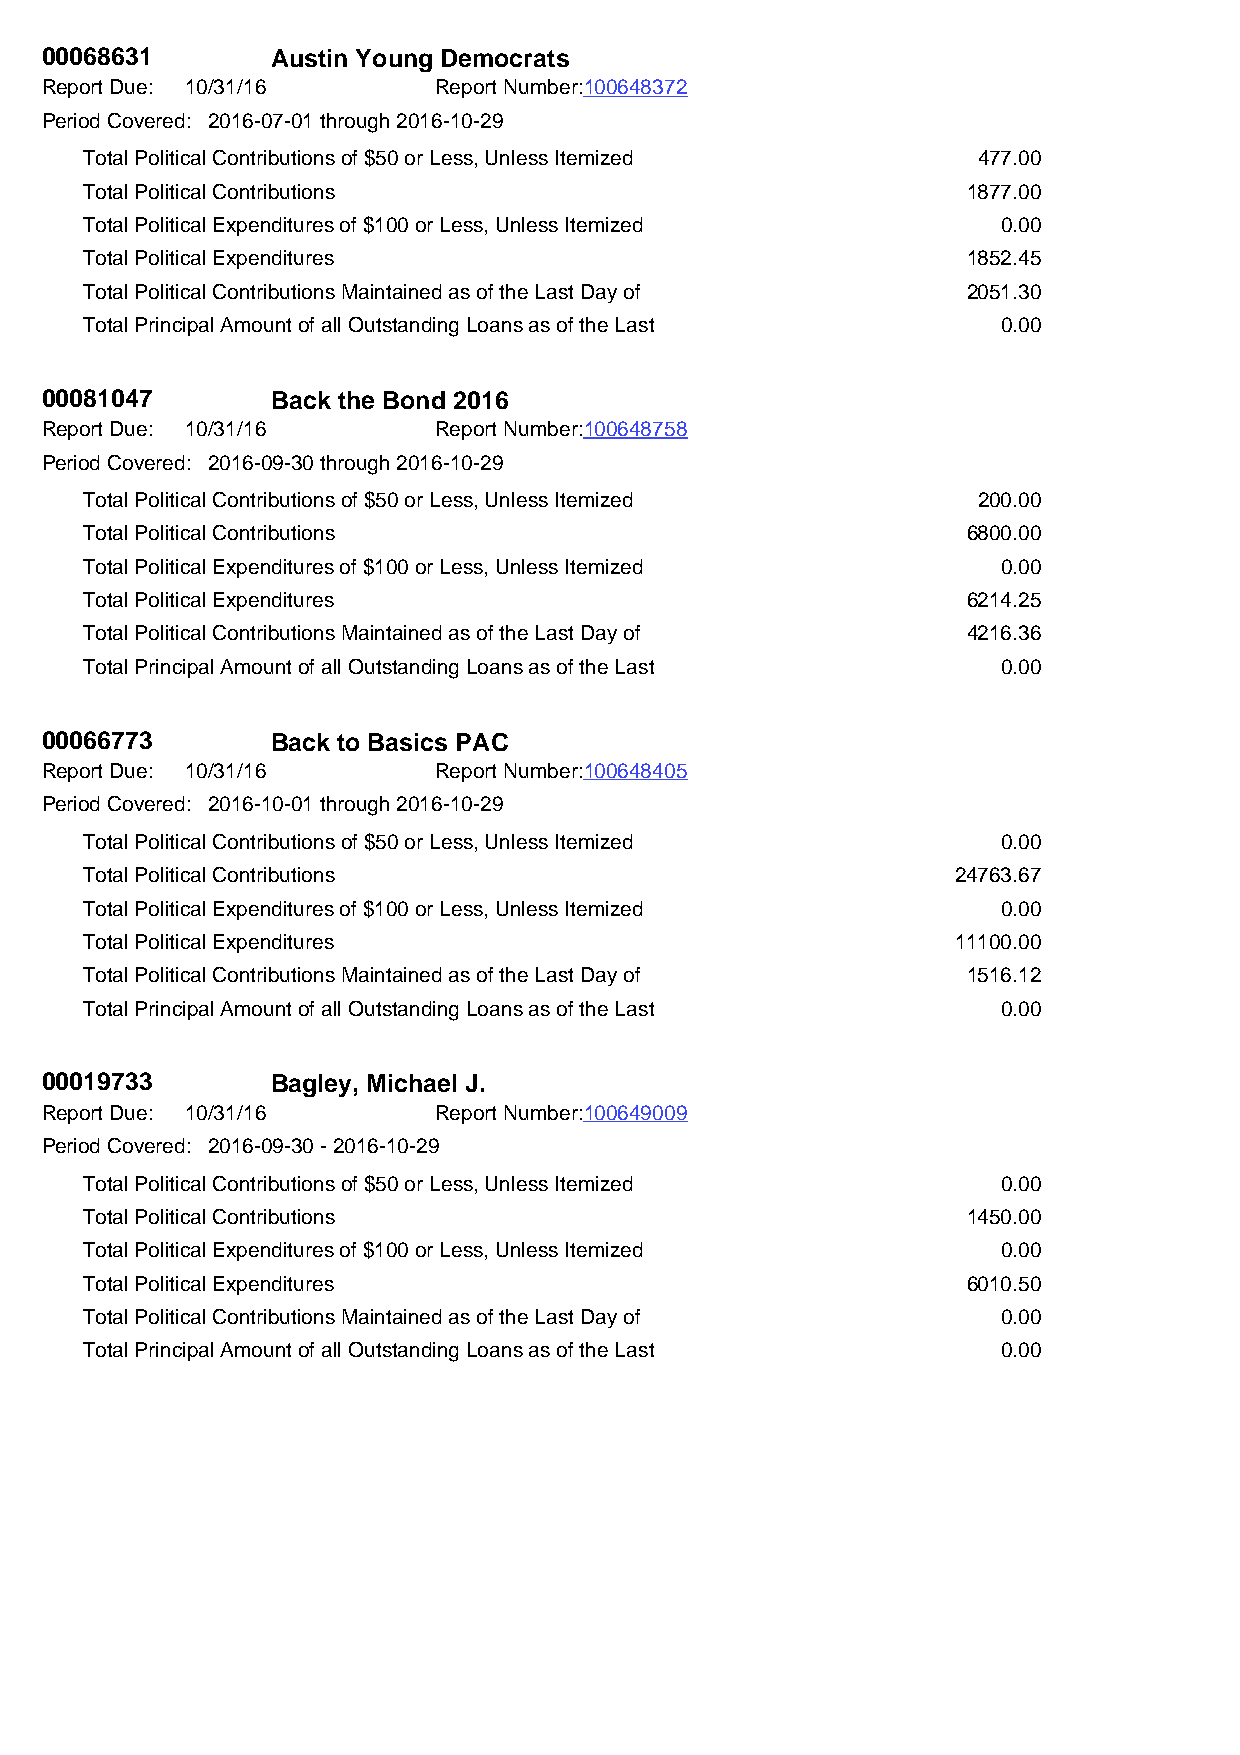
00068631       Austin Young Democrats
 Report Due: 10/31/16      Report Number:100648372
 Period Covered: 2016-07-01 through 2016-10-29
 Total Political Contributions of $50 or Less, Unless Itemized 477.00
 Total Political Contributions                             1877.00
 Total Political Expenditures of $100 or Less, Unless Itemized 0.00
 Total Political Expenditures                              1852.45
 Total Political Contributions Maintained as of the Last Day of 2051.30
 Total Principal Amount of all Outstanding Loans as of the Last 0.00
 00081047       Back the Bond 2016
 Report Due: 10/31/16      Report Number:100648758
 Period Covered: 2016-09-30 through 2016-10-29
 Total Political Contributions of $50 or Less, Unless Itemized 200.00
 Total Political Contributions                             6800.00
 Total Political Expenditures of $100 or Less, Unless Itemized 0.00
 Total Political Expenditures                              6214.25
 Total Political Contributions Maintained as of the Last Day of 4216.36
 Total Principal Amount of all Outstanding Loans as of the Last 0.00
 00066773       Back to Basics PAC
 Report Due: 10/31/16      Report Number:100648405
 Period Covered: 2016-10-01 through 2016-10-29
 Total Political Contributions of $50 or Less, Unless Itemized 0.00
 Total Political Contributions                            24763.67
 Total Political Expenditures of $100 or Less, Unless Itemized 0.00
 Total Political Expenditures                             11100.00
 Total Political Contributions Maintained as of the Last Day of 1516.12
 Total Principal Amount of all Outstanding Loans as of the Last 0.00
 00019733       Bagley, Michael J.
 Report Due: 10/31/16      Report Number:100649009
 Period Covered: 2016-09-30 - 2016-10-29
 Total Political Contributions of $50 or Less, Unless Itemized 0.00
 Total Political Contributions                             1450.00
 Total Political Expenditures of $100 or Less, Unless Itemized 0.00
 Total Political Expenditures                              6010.50
 Total Political Contributions Maintained as of the Last Day of 0.00
 Total Principal Amount of all Outstanding Loans as of the Last 0.00